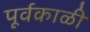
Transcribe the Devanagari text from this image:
पूर्वकाळी